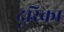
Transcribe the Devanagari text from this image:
दूरिका